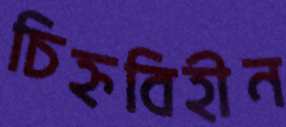
চিহ্নবিহীন